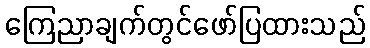
ကြေညာချက်တွင်ဖော်ပြထားသည်